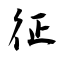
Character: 征